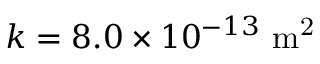
k = 8 . 0 \times 1 0 ^ { - 1 3 } \ \mathrm { m ^ { 2 } }